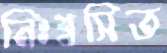
নিঃশ্বসিত